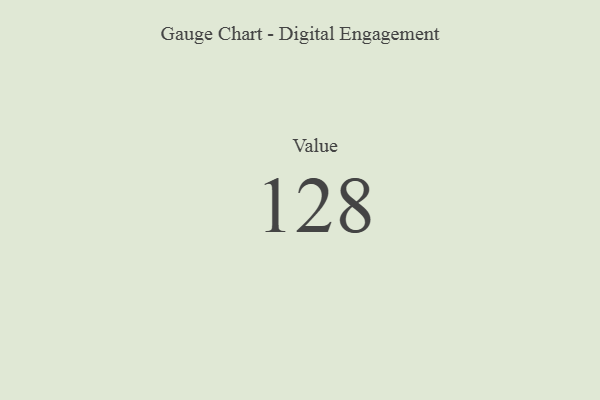
{"axis": {"x": "Metric", "y": "Value"}, "legend": [""], "data": [{"x": "Value", "y": 128, "type": ""}]}